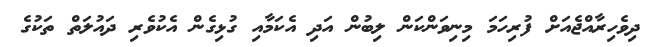
ދިވެހިރާއްޖެއަށް ފުރިހަމަ މިނިވަންކަން ލިބުން އަދި އެކަމާއި ގުޅިގެން އެކުވެރި ދައުލަތް ތަކުގެ